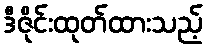
ဒီဇိုင်းထုတ်ထားသည့်